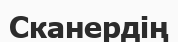
Сканердің